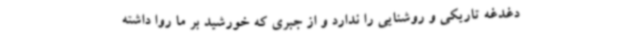
دغدغه تاریکی و روشنایی را ندارد و از جبری که خورشید بر ما روا داشته